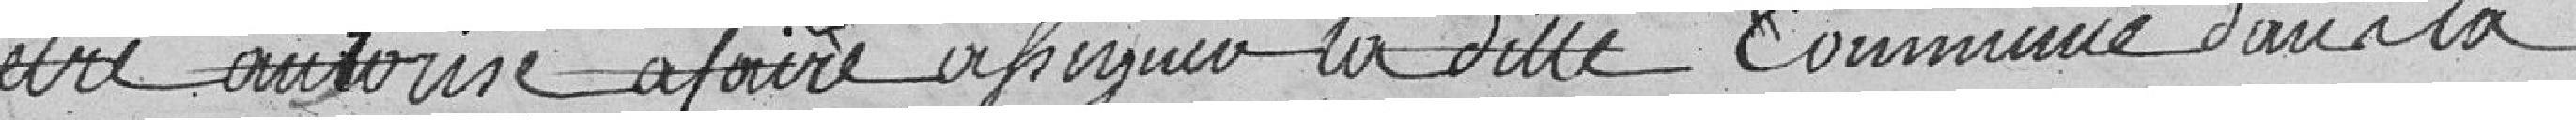
etre autorisé à faire assigner la dite commune dans la